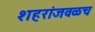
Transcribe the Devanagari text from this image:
शहरांजवळच